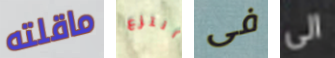
ماقلته أنتزع فى الى